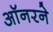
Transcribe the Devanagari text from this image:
ऑनरने